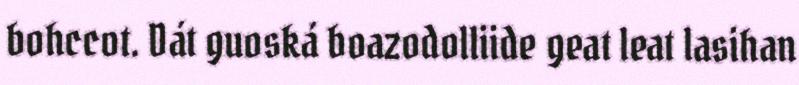
bohccot. Dát guoská boazodolliide geat leat lasihan